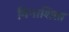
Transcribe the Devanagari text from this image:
विनाशिता